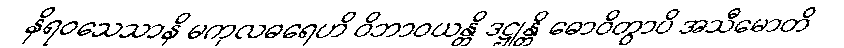
နိရဝသေသာနိ မကုလဓရေဟိ ဝိဘာဝယန္တိ ဒဋ္ဌုန္တိ ဓောဝိတွာပိ အသီမောတိ